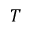
T